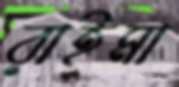
রাইমা